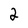
Character: 2